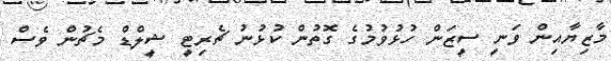
މާޒިޔާއިން ވަނީ ސީޒަން ހުޅުވުމުގެ ގޮތުން ކުޅުނު ޗެރިޓީ ޝީލްޑް މެޗުން ވެސް